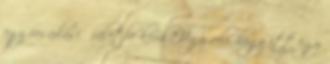
egy vásárlási őrületbe kerül? Úgy véli, hogy itt egy